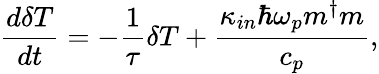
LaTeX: \frac{d\delta T}{dt}=-\frac{1}{\tau}\delta T+\frac{\kappa_{in}\hbar\omega_{p}m^{\dagger}m}{c_{p}},